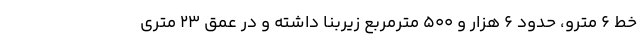
خط ۶ مترو، حدود ۶ هزار و ۵۰۰ مترمربع زیربنا داشته و در عمق ۲۳ متری